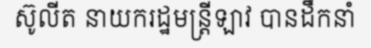
ស៊ូលីត នាយករដ្ឋមន្ត្រីឡាវ បានដឹកនាំ